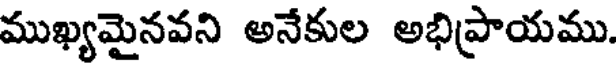
ముఖ్యమైనవని అనేకుల అభిప్రాయము.